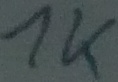
Text: 1K